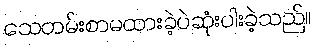
သေတမ်းစာမထားခဲ့ပဲဆုံးပါးခဲ့သည်။